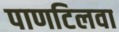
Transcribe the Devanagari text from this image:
पाणटिलवा